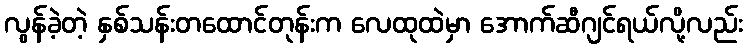
လွန်ခဲ့တဲ့ နှစ်သန်းတထောင်တုန်းက လေထုထဲမှာ အောက်ဆီဂျင်ရယ်လို့လည်း